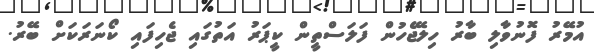
އުމޭރު ފޮނުވާލި ބާރު ހިލޭޖެހުން ފަލަސްތީން ކީޕަރު އަތުގައި ޖެހިފައި ކޯނަރަކަށް ބޭރު.